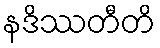
နဒိဿတီတိ